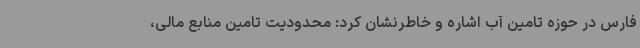
فارس در حوزه تامین آب اشاره و خاطرنشان کرد: محدودیت تامین منابع مالی،